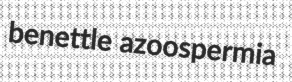
benettle azoospermia